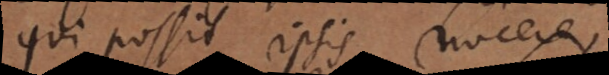
qui possit ipsis nocere,